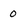
Character: 0